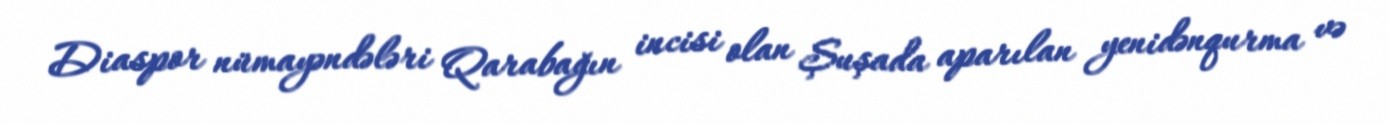
Diaspor nümayəndələri Qarabağın incisi olan Şuşada aparılan yenidənqurma və